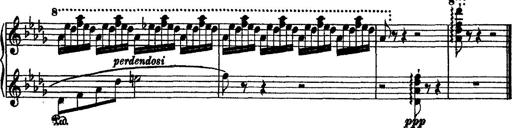
Title: 2 KonzertetÃ¼den
Composer: Franz Liszt